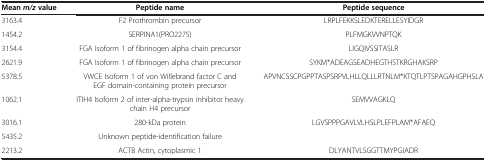
| Mean m/z value | Peptide name | Peptide sequence |
 | --- | --- | --- |
 | 3163.4 | F2 Prothrombin precursor | LRPLFEKKSLEDKTERELLESYIDGR |
 | 1454.2 | SERPINA1(PRO2275) | PLFMGKVVNPTQK |
 | 3154.4 | FGA Isoform 1 of fibrinogen alpha chain precursor | LIGQIVSSITASLR |
 | 2621.9 | FGA Isoform 1 of fibrinogen alpha chain precursor | SYKM*ADEAGSEADHEGTHSTKRGHAKSRP |
 | 5378.5 | VWCE Isoform 1 of von Willebrand factor C and EGF domain-containing protein precursor | APVNCSSCPGPPTASPSRPVLHLLQLLLRTNLM*KTQTLPTSPAGAHGPHSLA |
 | 1062.1 | ITIH4 Isoform 2 of inter-alpha-trypsin inhibitor heavy chain H4 precursor | SEMVVAGKLQ |
 | 3016.1 | 280-kDa protein | LGVSPPPGAVLVLHSLPLEFPLAM*AFAEQ |
 | 5435.2 | Unknown peptide-identification failure |  |
 | 2213.2 | ACTB Actin, cytoplasmic 1 | DLYANTVLSGGTTMYPGIADR |